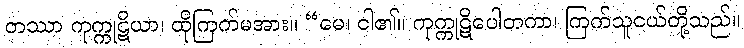
တဿာ ကုက္ကုဋိယာ၊ ထိုကြက်မအား။ “မေ၊ ငါ၏။ ကုက္ကုဋိပေါတကာ၊ ကြက်သူငယ်တို့သည်။